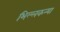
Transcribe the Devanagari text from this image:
भिल्लकन्या